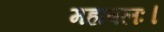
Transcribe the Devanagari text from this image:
महाबलः।